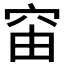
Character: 𥥉